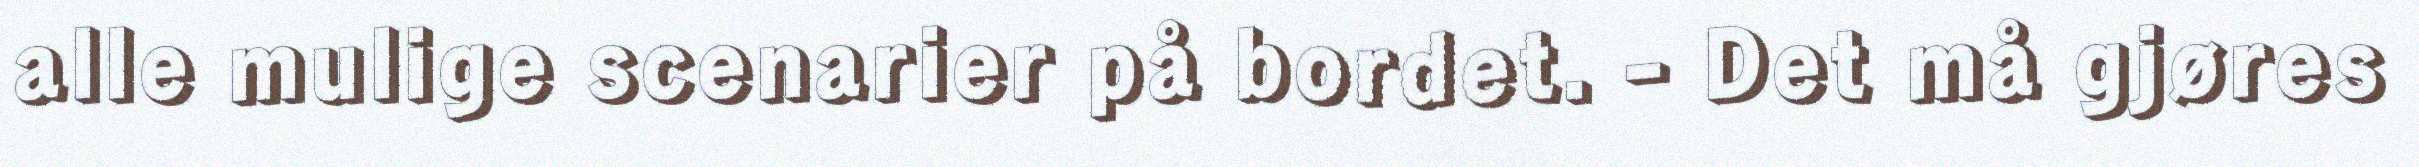
alle mulige scenarier på bordet. - Det må gjøres